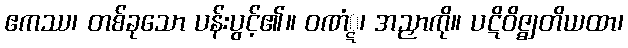
ဧကဿ၊ တစ်ခုသော ပန်းပွင့်၏။ ဝဏံ္ဋ၊ အညှာကို။ ပဋိဝိဇ္ဈတိယထာ၊